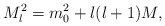
\begin{align*}M_{l}^{2} = m_{0}^{2} + l(l+1) M , \end{align*}